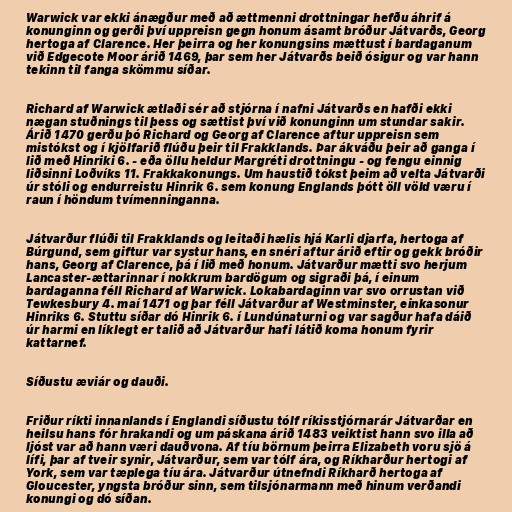
Warwick var ekki ánægður með að ættmenni drottningar hefðu áhrif á
konunginn og gerði því uppreisn gegn honum ásamt bróður Játvarðs, Georg
hertoga af Clarence. Her þeirra og her konungsins mættust í bardaganum
við Edgecote Moor árið 1469, þar sem her Játvarðs beið ósigur og var hann
tekinn til fanga skömmu síðar.

Richard af Warwick ætlaði sér að stjórna í nafni Játvarðs en hafði ekki
nægan stuðnings til þess og sættist því við konunginn um stundar sakir.
Árið 1470 gerðu þó Richard og Georg af Clarence aftur uppreisn sem
mistókst og í kjölfarið flúðu þeir til Frakklands. Þar ákváðu þeir að ganga í
lið með Hinriki 6. - eða öllu heldur Margréti drottningu - og fengu einnig
liðsinni Loðvíks 11. Frakkakonungs. Um haustið tókst þeim að velta Játvarði
úr stóli og endurreistu Hinrik 6. sem konung Englands þótt öll völd væru í
raun í höndum tvímenninganna.

Játvarður flúði til Frakklands og leitaði hælis hjá Karli djarfa, hertoga af
Búrgund, sem giftur var systur hans, en snéri aftur árið eftir og gekk bróðir
hans, Georg af Clarence, þá í lið með honum. Játvarður mætti svo herjum
Lancaster-ættarinnar í nokkrum bardögum og sigraði þá, í einum
bardaganna féll Richard af Warwick. Lokabardaginn var svo orrustan við
Tewkesbury 4. maí 1471 og þar féll Játvarður af Westminster, einkasonur
Hinriks 6. Stuttu síðar dó Hinrik 6. í Lundúnaturni og var sagður hafa dáið
úr harmi en líklegt er talið að Játvarður hafi látið koma honum fyrir
kattarnef.

Síðustu æviár og dauði.

Friður ríkti innanlands í Englandi síðustu tólf ríkisstjórnarár Játvarðar en
heilsu hans fór hrakandi og um páskana árið 1483 veiktist hann svo illa að
ljóst var að hann væri dauðvona. Af tíu börnum þeirra Elizabeth voru sjö á
lífi, þar af tveir synir, Játvarður, sem var tólf ára, og Ríkharður hertogi af
York, sem var tæplega tíu ára. Játvarður útnefndi Ríkharð hertoga af
Gloucester, yngsta bróður sinn, sem tilsjónarmann með hinum verðandi
konungi og dó síðan.